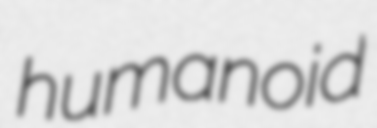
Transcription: humanoid